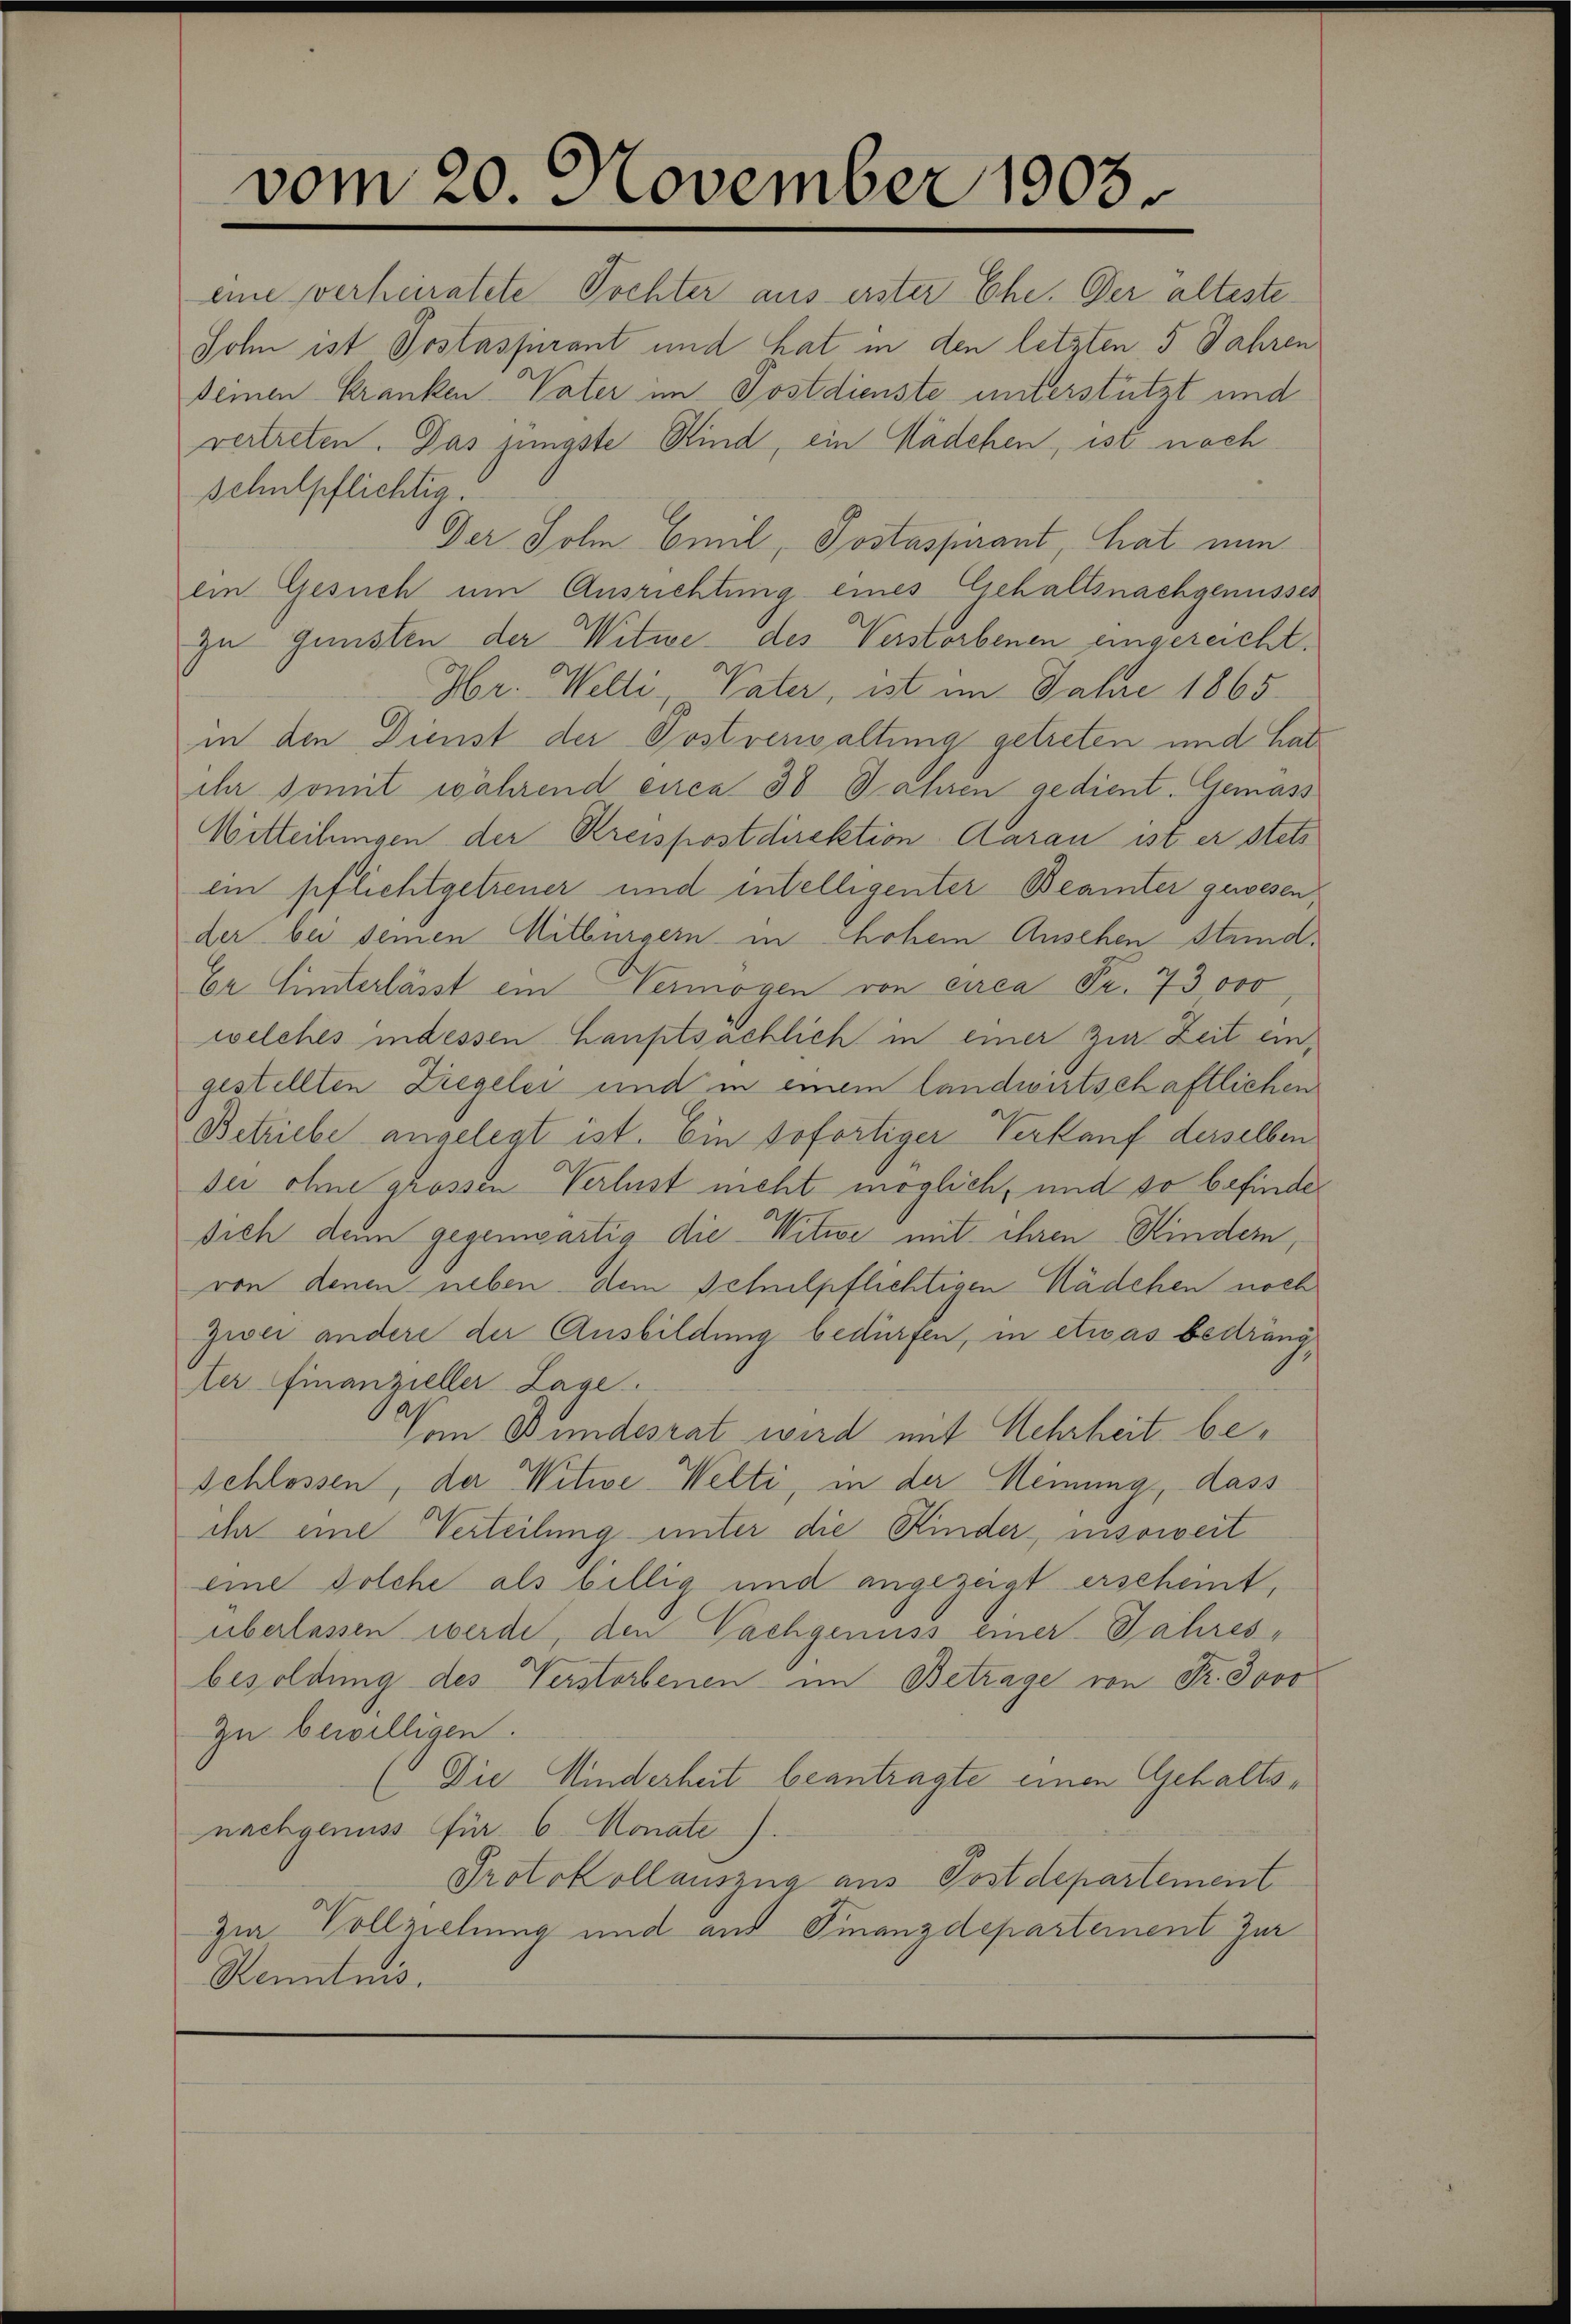
vom 20. November 1905.

schulpflichtig.

eine verheiratete Tochter aus erster Ehe. Der alteste
Sohn ist Postaspirant und hat in den letzten 5 Jahren
seinen Kranken Vater im Postdienste unterstützt und
vertreten. Das jüngste Kind, ein Mädchen, ist nach
Der Sohm Emil, Postaspirant, hat nun
ein Gesuch um Ausrichtung eines Gehaltsnachgenusses
zu Gunsten der Witwe des Verstorbenen eingereicht.
Hr. Welti, Vater, ist im Jahre 1865.
in den Dienst der Postverwaltung getreten und hat
ihr somit während circa 30 Jahren gedient. Gemass
Witteilungen der Kreispostdirektion Aarau ist er stets
ein pflichtgetreuer und entelligenter Beamter gewesen
der bei seinen Mitbürgern in Chohem Ansehen Stand.
Er Hinterlässt ein Vermögen von circa Fr. 73000,
welches indessen Hauptsächlich in einer zur Zeit eingestellten Ziegelei und in einem landwirtschaftlichen
Betriebe angelegt ist. Ein sofortiger Verkauf derselben
der ohne grossen Verlust nicht möglich, und so befindesich denn gegenwärtig die Witwe mit ihren Kindern,
von denen neben dem Schulpflichtigen Mädchen noch
Zwei andere der Ausbildung bedürfen, in etwas bedrängter Finanzieller Lage.
Von Bundesrat wird mit Mehrheit be¬
Schlossen, der Witwe Welti, in der Meinung, dass
ihr eine Verteilung unter die Kinder, insoweit
eine solche als billig und angezeigt erscheint.
überlassen werde, den Vachgenuss einer Jahresbesoldung des Verstorbenen im Betrage von Fr. 3000
Zu bewilligen.
(Die Minderheit beantragte einen Gehaltsnachgenuss für 6 Monate).
Protokollauszug aus Postdepartement
zi Vollziehung und aus Finanzdeparteinent zur
Renntnis.